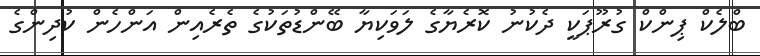
ބްލެކް ޕިންކް ގުރޫޕަކީ ދެކުނު ކޮރެޔާގެ ލަވަކިޔާ ބޭންޑުތަކުގެ ތެރެއިން އަންހެން ކުދިންގެ